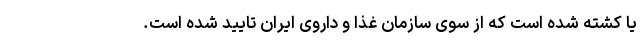
یا کشته شده است که از سوی سازمان غذا و داروی ایران تایید شده است.